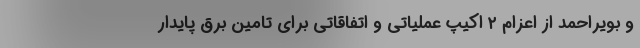
و بویراحمد از اعزام ۲ اکیپ عملیاتی و اتفاقاتی برای تامین برق پایدار